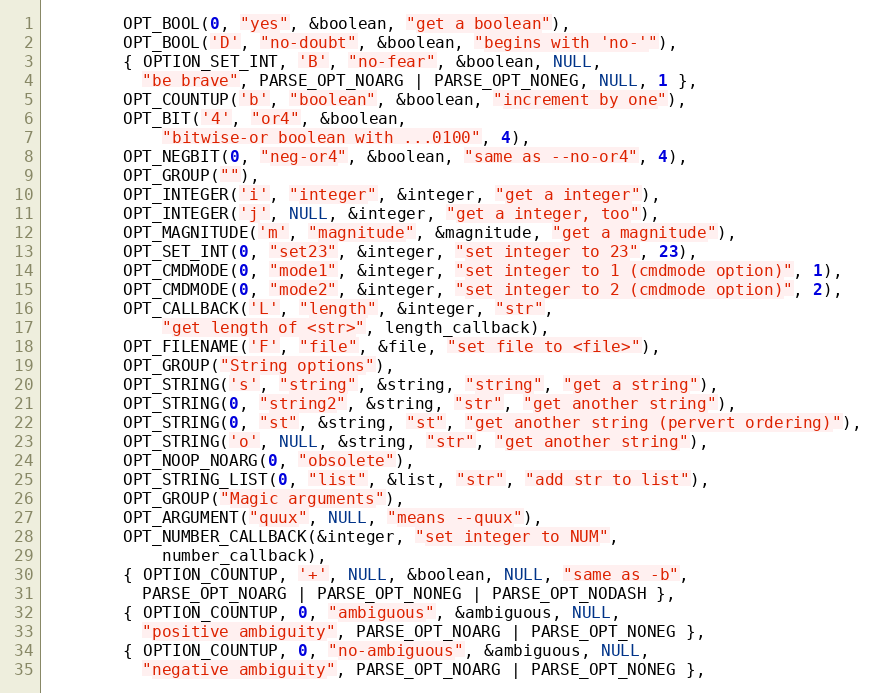
Language: C
		OPT_BOOL(0, "yes", &boolean, "get a boolean"),
		OPT_BOOL('D', "no-doubt", &boolean, "begins with 'no-'"),
		{ OPTION_SET_INT, 'B', "no-fear", &boolean, NULL,
		  "be brave", PARSE_OPT_NOARG | PARSE_OPT_NONEG, NULL, 1 },
		OPT_COUNTUP('b', "boolean", &boolean, "increment by one"),
		OPT_BIT('4', "or4", &boolean,
			"bitwise-or boolean with ...0100", 4),
		OPT_NEGBIT(0, "neg-or4", &boolean, "same as --no-or4", 4),
		OPT_GROUP(""),
		OPT_INTEGER('i', "integer", &integer, "get a integer"),
		OPT_INTEGER('j', NULL, &integer, "get a integer, too"),
		OPT_MAGNITUDE('m', "magnitude", &magnitude, "get a magnitude"),
		OPT_SET_INT(0, "set23", &integer, "set integer to 23", 23),
		OPT_CMDMODE(0, "mode1", &integer, "set integer to 1 (cmdmode option)", 1),
		OPT_CMDMODE(0, "mode2", &integer, "set integer to 2 (cmdmode option)", 2),
		OPT_CALLBACK('L', "length", &integer, "str",
			"get length of <str>", length_callback),
		OPT_FILENAME('F', "file", &file, "set file to <file>"),
		OPT_GROUP("String options"),
		OPT_STRING('s', "string", &string, "string", "get a string"),
		OPT_STRING(0, "string2", &string, "str", "get another string"),
		OPT_STRING(0, "st", &string, "st", "get another string (pervert ordering)"),
		OPT_STRING('o', NULL, &string, "str", "get another string"),
		OPT_NOOP_NOARG(0, "obsolete"),
		OPT_STRING_LIST(0, "list", &list, "str", "add str to list"),
		OPT_GROUP("Magic arguments"),
		OPT_ARGUMENT("quux", NULL, "means --quux"),
		OPT_NUMBER_CALLBACK(&integer, "set integer to NUM",
			number_callback),
		{ OPTION_COUNTUP, '+', NULL, &boolean, NULL, "same as -b",
		  PARSE_OPT_NOARG | PARSE_OPT_NONEG | PARSE_OPT_NODASH },
		{ OPTION_COUNTUP, 0, "ambiguous", &ambiguous, NULL,
		  "positive ambiguity", PARSE_OPT_NOARG | PARSE_OPT_NONEG },
		{ OPTION_COUNTUP, 0, "no-ambiguous", &ambiguous, NULL,
		  "negative ambiguity", PARSE_OPT_NOARG | PARSE_OPT_NONEG },